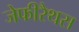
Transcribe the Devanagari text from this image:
जेफीरैथस